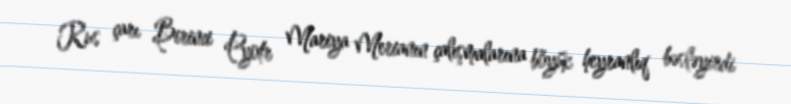
Rus çarı Birinci Pyotr Mariya Merianın çalışmalarına böyük heyranlıq bəsləyirdi